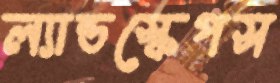
ল্যান্ডস্কেপস